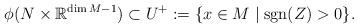
LaTeX: \begin{align*}\phi(N\times {\mathbb R}^{\dim M-1})\subset U^{+}:=\{x\in M\mid \operatorname{sgn}(Z)>0\}.\end{align*}